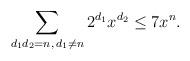
LaTeX: \begin{align*}\sum_{d_1 d_2 = n,\, d_1 \neq n} 2^{d_1} x^{d_2} \le 7 x^{n}.\end{align*}